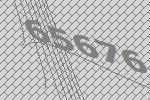
65676